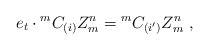
\begin{align*} e_t\cdot{^mC_{(i)}}Z^n_m={^mC_{(i')}}Z^n_m~,\end{align*}